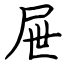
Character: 屉